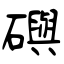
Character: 礖